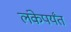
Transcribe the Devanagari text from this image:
लंकेपर्यंत